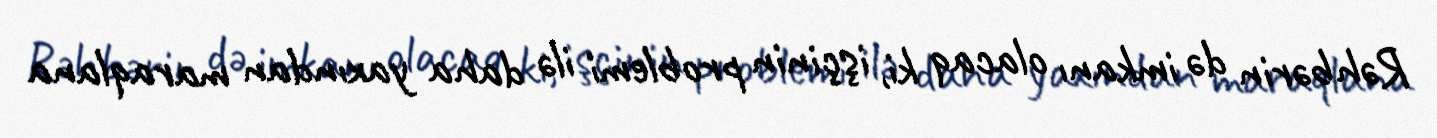
Rəhbərin də imkanı olacaq ki, işçinin problemi ilə daha yaxından maraqlana